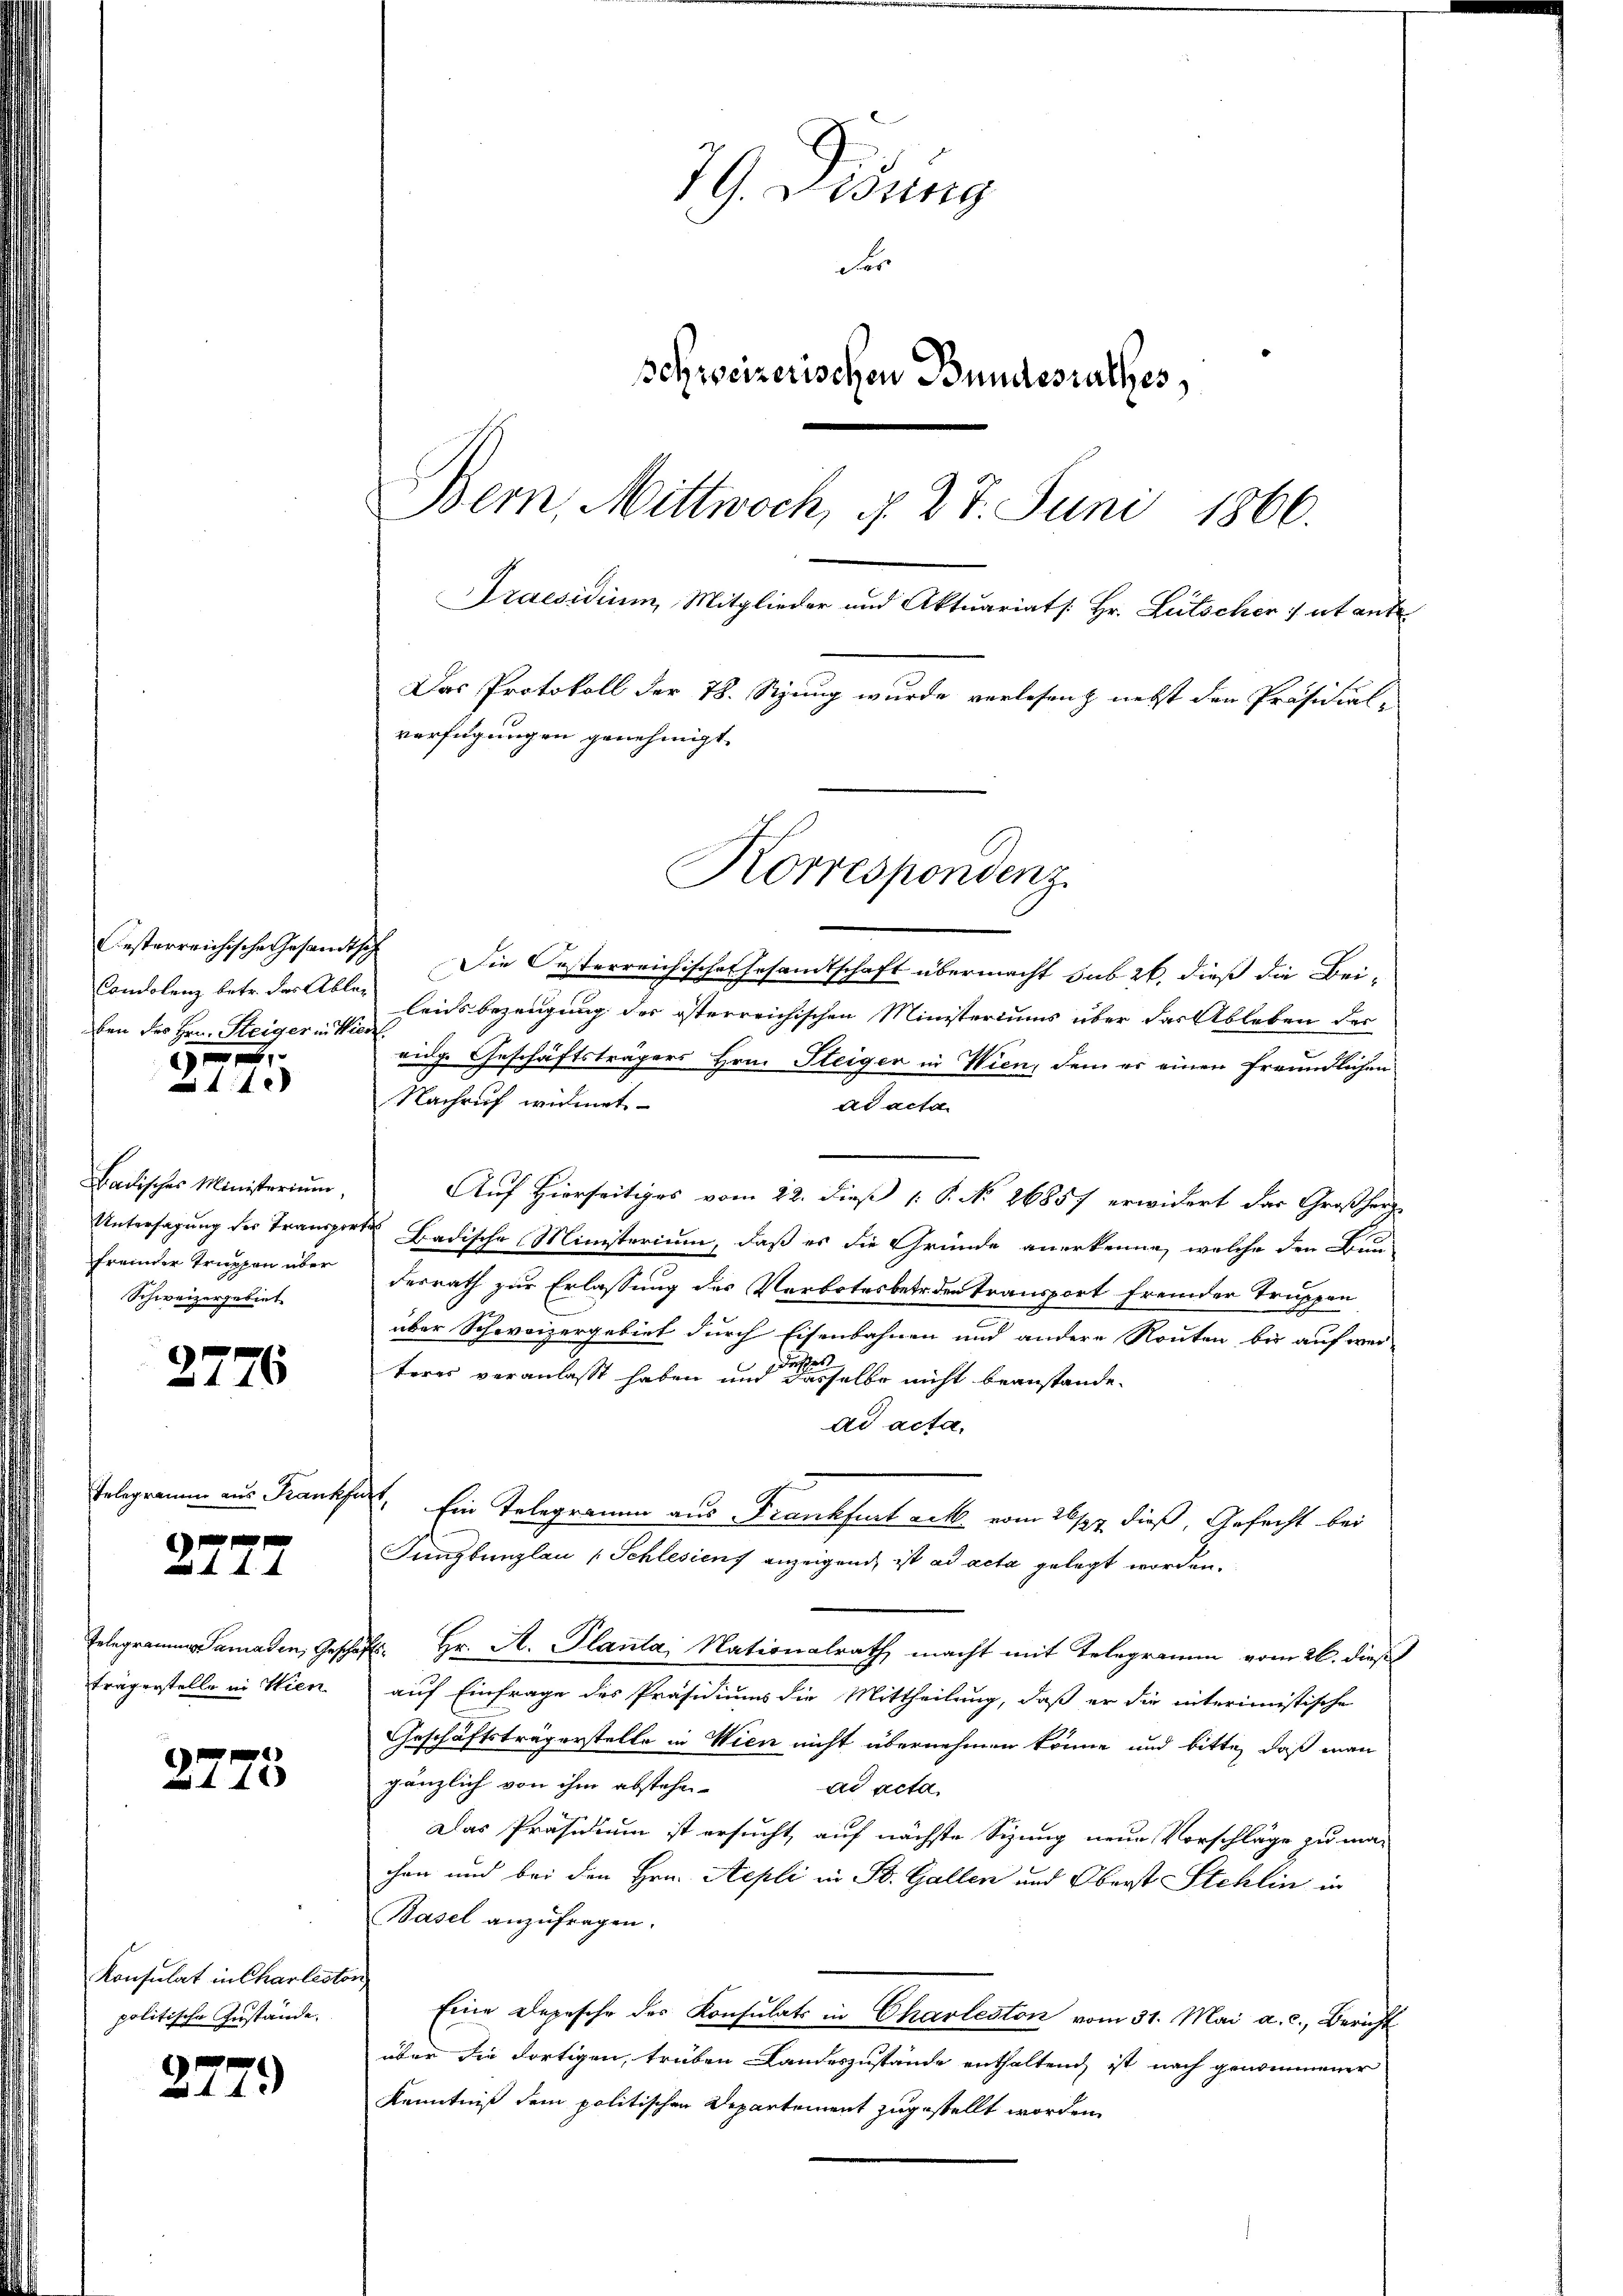
ben des Hrn. Steiger in Wien

44 x

Badisches Ministerium,
fremder Truppen über
Schweizergebiet

2776

Telegramm aus Krankfurt,

e
AI.

Telegrammes Samaden, Gesc
trägerstelle in Wien

e
178

Konsulat in Charlesto
politische Zustände.

277.

79. Didung
der
schweizerischen Bundesrathes,
Bern, Mittwoch, d. 27. Juni 1866.
Praesidium, Mitglieder und Aktuariats: Hr. Litscher ut ant
Das Protokoll der 78. Sizung wurde verlesen nebst den Präsidial-
verfügungen genehmigt.

Korrespondenz.

esterreichische Gesamtsch Die Oesterreichische Gesandtschaft übermacht sub 26. dieß die Bei¬
Condolenz betr. des Abler Leitsbezeugung der österreichischen Ministeriums über der Ableben der
eidge Geschäftsträgers Hrn. Steigen in Wien, dem er einen freundlichen
Nachruf widmet
ad acta
Auf Hierseitiges vom 22. dieß [ P. No 26857 erwidert das Großherz
Untersagung des Transporten Badische Ministerium, daß es die Gründe anerkenne, welche den Bun
desrath zur Erlassung des Verbotesbetr. den Transport fremder Truppen
über Schweizergebiet durch Eisenbahnen und andere Routen bis auf wei
teres veranlaßt haben, und desselbe nicht beanstande.
ad acta.
Ein Telegramm aus Frankfurt act. vom 26/27. dieß, Gefecht bei
Jungbunglau (Schlesiens anzeigend, ist ad acta gelegt worden.
äft. Hr. A. Planta, Nationalrath macht mit Telegramm vom 26. dieß
auf Einfrage des Präsidiums die Mittheilung, daß er die interimistische
Geschäftsträgerstelle in Wien nicht übernehmen könne und bitte, daß man
gänzlich von ihm abstehen-
ad acta
Das Präsidium ist ersucht, auf nächste Sizung neue Vorschläge zu ma-
chen und bei den Hrn. Aepli in Bd. Gallen und Oberst Stehlin in
Basel anzufragen.
rich
Eine Depesche der Konsulats in Charleston vom 31. Mai a. c., Bericht
über die dortigen, trüben Landeszustände enthaltend, ist nach genommener
Kenntniß dem politischen Departement zugestellt worden.